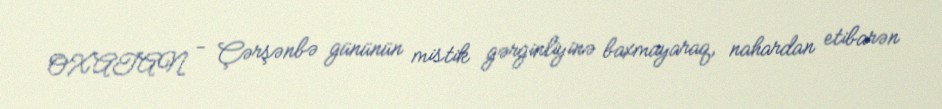
OXATAN - Çərşənbə gününün mistik gərginliyinə baxmayaraq, nahardan etibarən